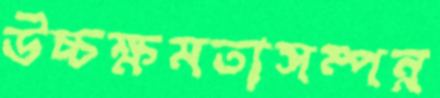
উচ্চক্ষমতাসম্পন্ন